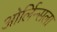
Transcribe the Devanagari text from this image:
ओर्लिन्सला